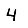
Digit: 4